Civil Veterinary Department. United Provinces 1912-22 - 1912-1922
Year: 1912
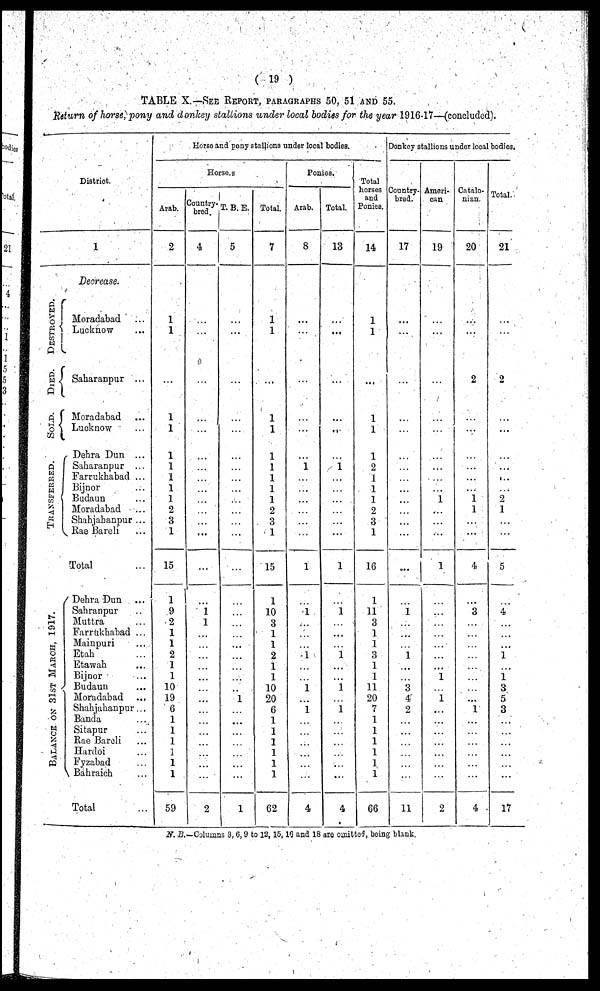
( 19 )
TABLE X.—SEE REPORT, PARAGRAPHS 50, 51 AND 55.
Return of horse, pony and donkey stallions under local bodies for the year 1916.17—(concluded).
District.
DESTROYED.
DIED.
SOLD.
TRANSFERRED.
BALANCE ON 31ST MARCH, 1917.
1
Decrease.
Moradabad ...
Lucknow ...
Saharanpur ...
Moradabad ...
Lucknow ...
Dehra Dun ...
Saharanpur ...
Farrukhabad ...
Bijnor ...
Budaun ...
Moradabad ...
Shahjahanpur ...
Rae Bareli ...
Total
Dehra Dun ...
Sahranpur ...
Muttra ...
Farrukhabad ...
Mainpuri ...
Etah ...
Etawah ...
BiJnor ...
Budaun ...
Moradabad ...
Shahjahanpur ...
Banda ...
Sitapur ...
Rae Bareli ...
Hardoi ...
Fyzabad ...
Bahraich ...
Total
Horse and pony stallions under local bodies.
Horses
Arab.
2
1
1
...
1
1
1
1
1
1
1
2
3
1
15
1
9
2
1
1
2
1
1
10
19
6
1
1
1
1
1
1
59
Country-
bred.
4
...
...
...
...
...
...
...
...
...
...
...
...
...
...
...
1
1
2
T. B. E.
5
...
...
...
...
...
...
...
...
...
...
...
...
...
...
...
1
1
Total.
7
1
1
...
1
1
1
1
1
1
1
2
3
1
15
1
10
3
1
1
2
1
1
10
20
6
1
1
1
1
1
1
62
Ponies.
Arab.
8
...
...
...
...
...
...
1
...
...
...
...
...
...
1
1
.1
1
1
4
Total.
13
...
...
...
...
...
...
1
...
...
...
...
...
...
1
1
...
1
1
1
...
4
Total
horses
and
Ponies.
14
1
1
...
1
1
1
2
1
1
1
2
3
1
16
1
11
3
1
1
3
1
1
11
20
7
1
1
1
1
1
1
66
Donkey stallions under local bodies.
Country-
bred.
17
...
...
...
...
...
...
...
...
...
...
...
...
...
...
1
1
3
4
2
11
Ameri-
can
19
...
...
...
...
...
...
...
...
...
1
...
...
...
1
1
1
2
Cattalo-
nian.
20
...
...
2
...
...
...
...
...
...
1
1
...
...
4
3
...
1
4
Total.
21
...
...
2
...
...
...
...
...
2
1
...
...
5
4
1
1
3
5
3
17
N. B.-Columns 3, 6,9 to 12,15,16 and 18 are omitted, being blank.